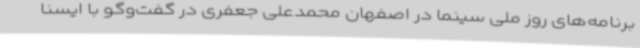
برنامه‌های روز ملی سینما در اصفهان محمدعلی جعفری در گفت‌وگو با ایسنا